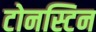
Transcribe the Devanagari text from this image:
टोनस्टिन